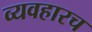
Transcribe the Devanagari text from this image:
व्यवहारच